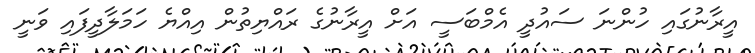
އީރާނުގައި ހުންނަ ސައުދީ އެމްބަސީ އަށް އީރާނުގެ ރައްޔިތުން އިއްޔެ ހަމަލާދީފައި ވަނީ